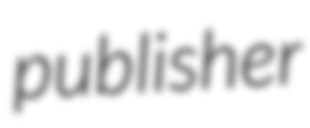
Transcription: publisher